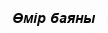
Өмір баяны